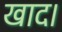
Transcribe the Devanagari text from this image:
खाद।